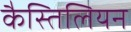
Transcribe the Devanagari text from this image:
कैस्तिलियन